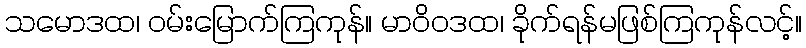
သမောဒထ၊ ဝမ်းမြောက်ကြကုန်။ မာဝိဝဒထ၊ ခိုက်ရန်မဖြစ်ကြကုန်လင့်။